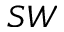
S W